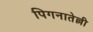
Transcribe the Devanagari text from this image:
पिगनातेल्ली